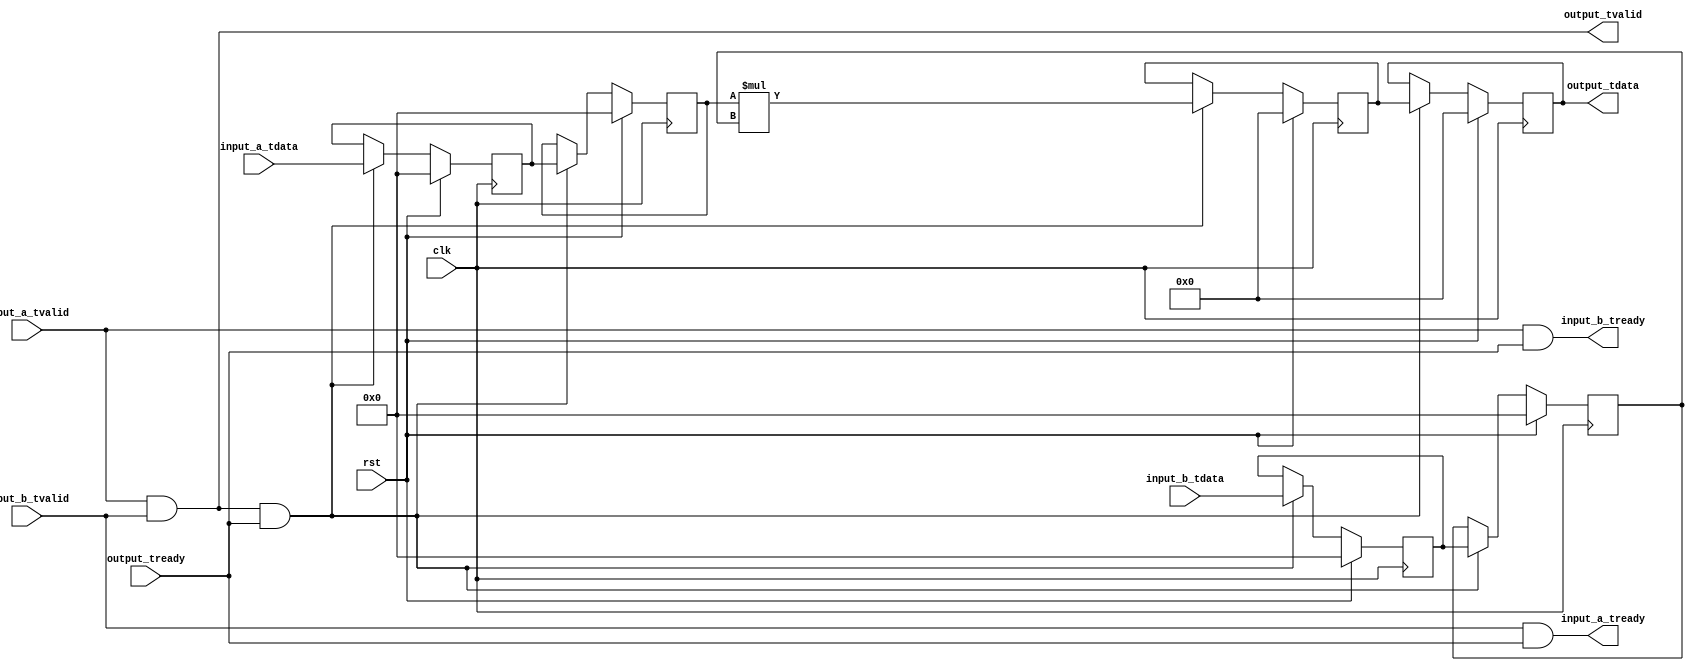
`timescale 1ns / 1ps
//////////////////////////////////////////////////////////////////////////////////
// Company: 
// Engineer: 
// 
// Design Name: 
// Module Name:    mac 
// Project Name: 
// Target Devices: 
// Tool versions: 
// Description: 
//
// Dependencies: 
//
// Revision: 
// Revision 0.01 - File Created
// Additional Comments: 
//
//////////////////////////////////////////////////////////////////////////

`timescale 1ns / 1ps

/*
 * Multiplier - computes a*b
 */
module dsp_mult #
(
    parameter WIDTH = 8
)
(
    input  wire                  clk,
    input  wire                  rst,

    /*
     * AXI stream inputs
     */
    input  wire [WIDTH-1:0]      input_a_tdata,
    input  wire                  input_a_tvalid,
    output wire                  input_a_tready,

    input  wire [WIDTH-1:0]      input_b_tdata,
    input  wire                  input_b_tvalid,
    output wire                  input_b_tready,

    /*
     * AXI stream output
     */
    output wire [(WIDTH*2)-1:0]  output_tdata,
    output wire                  output_tvalid,
    input  wire                  output_tready
);

reg [WIDTH-1:0] input_a_reg_0 = 0;
reg [WIDTH-1:0] input_a_reg_1 = 0;

reg [WIDTH-1:0] input_b_reg_0 = 0;
reg [WIDTH-1:0] input_b_reg_1 = 0;

reg [(WIDTH*2)-1:0] output_reg_0 = 0;
reg [(WIDTH*2)-1:0] output_reg_1 = 0;

wire transfer = input_a_tvalid & input_b_tvalid & output_tready;

assign input_a_tready = input_b_tvalid & output_tready;
assign input_b_tready = input_a_tvalid & output_tready;

assign output_tdata = output_reg_1;
assign output_tvalid = input_a_tvalid & input_b_tvalid;

always @(posedge clk) begin
    if (rst) begin
        input_a_reg_0 <= 0;
        input_a_reg_1 <= 0;

        input_b_reg_0 <= 0;
        input_b_reg_1 <= 0;

        output_reg_0 <= 0;
        output_reg_1 <= 0;
    end else begin
        if (transfer) begin
            // pipeline for Xilinx DSP slice

            // register
            input_a_reg_0 <= input_a_tdata;
            input_b_reg_0 <= input_b_tdata;

            // pipeline
            input_a_reg_1 <= input_a_reg_0;
            input_b_reg_1 <= input_b_reg_0;

            // multiply
            output_reg_0 <= $signed(input_a_reg_1) * $signed(input_b_reg_1);

            // pipeline
            output_reg_1 <= output_reg_0;
        end
    end
end

endmodule